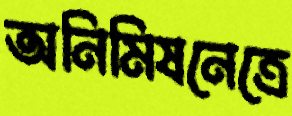
অনিমিষনেত্রে